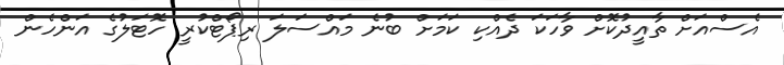
އެސްއަށް ތާއީދުކޮށް ވާހަކަ ދެއްކި ކަމަށް ބުނެ މައްސަލަ ރިޕޯޓްކުރީ ހޮޓަލުގެ އަންހެން